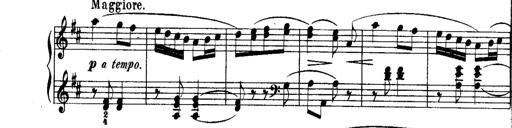
Title: Rondos and Sonatinas for Pianoforte
Composer: Daniel Steibelt